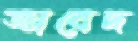
জাবেদ